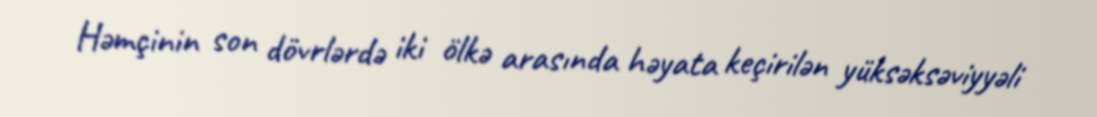
Həmçinin son dövrlərdə iki ölkə arasında həyata keçirilən yüksəksəviyyəli